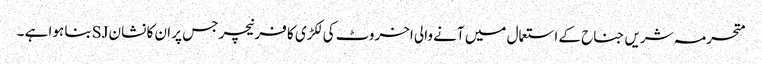
متحرمہ شریں جناح کے استعمال میں آنے والی اخروٹ کی لکڑی کا فرنیچر جس پر ان کا نشان SJبنا ہوا ہے ۔